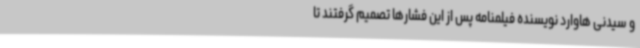
و سیدنی‌ هاوارد نویسنده فیلمنامه پس از این فشارها تصمیم گرفتند تا